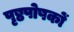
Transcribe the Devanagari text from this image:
पृष्ठपोषकों